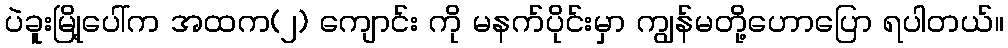
ပဲခူးမြို့ပေါ်က အထက(၂) ကျောင်း ကို မနက်ပိုင်းမှာ ကျွန်မတို့ဟောပြော ရပါတယ်။